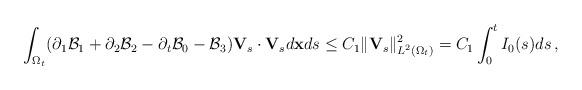
LaTeX: \begin{align*}\int_{\Omega_t}(\partial_1\mathcal B_1+\partial_2\mathcal B_2-\partial_t\mathcal B_0-\mathcal B_3){\mathbf V}_{s}\cdot{\mathbf V}_{s}d{\bf x}ds\le C_1\Vert{\mathbf V}_{s}\Vert_{L^2(\Omega_t)}^2=C_1\int_0^t I_0(s)ds\,,\end{align*}